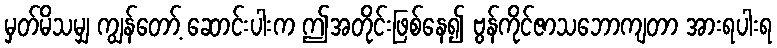
မှတ်မိသမျှ ကျွန်တော့် ဆောင်းပါးက ဤအတိုင်းဖြစ်နေ၍ ဗွန်ကိုင်ဇာသဘောကျတာ အားရပါးရ